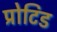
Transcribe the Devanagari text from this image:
प्रोटिड